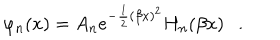
\varphi _ { n } ( x ) = A _ { n } e ^ { - \frac { 1 } { 2 } ( \beta x ) ^ { 2 } } H _ { n } ( \beta x ) \ \ \ .